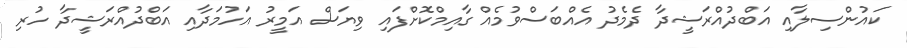
ކައުންސިލާއި އަބްދުއްރަޝީދާ ދެމެދު އެއްބަސްވުމެއް ގާއިމްކޮށްފައި ވިޔަސް އަމީރު އަހުމަދާއި އަބްދުއްރަޝީދާ ހުރި